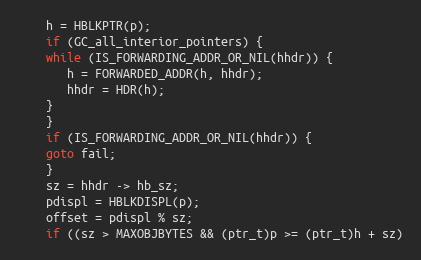
Language: C
    h = HBLKPTR(p);
    if (GC_all_interior_pointers) {
	while (IS_FORWARDING_ADDR_OR_NIL(hhdr)) {
	   h = FORWARDED_ADDR(h, hhdr);
	   hhdr = HDR(h);
	}
    }
    if (IS_FORWARDING_ADDR_OR_NIL(hhdr)) {
	goto fail;
    }
    sz = hhdr -> hb_sz;
    pdispl = HBLKDISPL(p);
    offset = pdispl % sz;
    if ((sz > MAXOBJBYTES && (ptr_t)p >= (ptr_t)h + sz)